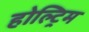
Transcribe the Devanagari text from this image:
होल्ट्रिम